Sketch of the medical history of the native army of Bombay, for the year
Year: 1875
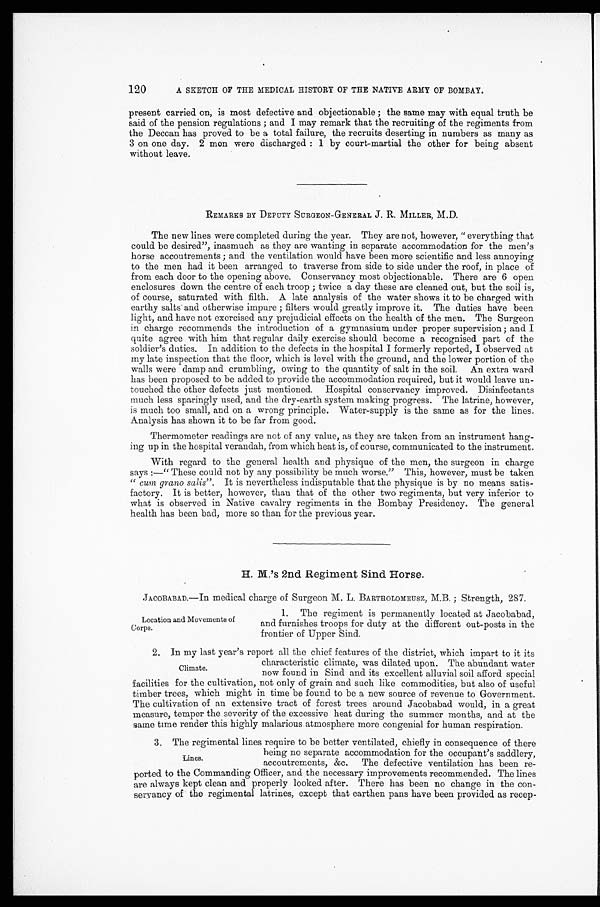
120
A SKETCH OF THE MEDICAL HISTORY OF THE NATIVE ARMY OF BOMBAY.
present carried on, is most defective and objectionable ; the same may with equal truth be
said of the pension regulations ; and I may remark that the recruiting of the regiments from
the Deccan has proved to be a total failure, the recruits deserting in numbers as many as
3 on one day. 2 men were discharged : 1 by court-martial the other for being absent
without leave.
REMARKS BY DEPUTY SURGEON-GENERAL J . R. MILLER, M.D.
The new lines were completed during the year. They are not, however, "everything that
could be desired", inasmuch as they are wanting in separate accommodation for the men's
horse accoutrements ; and the ventilation would have been more scientific and less annoying
to the men had it been arranged to traverse from side to side under the roof, in place of
from each door to the opening above. Conservancy most objectionable. There are 6 open
enclosures down the centre of each troop ; twice a day these are cleaned out, but the soil is,
of course, saturated with filth. A late analysis of the water shows it to be charged with
earthy salts and otherwise impure ; filters would greatly improve it. The duties have been
light, and have not exercised any prejudicial effects on the health of the men. The Surgeon
in charge recommends the introduction of a gymnasium under proper supervision ; and I
quite agree with him that regular daily exercise should become a recognised part of the
soldier's duties. In addition to the defects in the hospital I formerly reported, I observed at
my late inspection that the floor, which is level with the ground, and the lower portion of the
walls were damp and crumbling, owing to the quantity of salt in the soil. An extra ward
has been proposed to be added to provide the accommodation required, but it would leave un
-touched the other defects just mentioned. Hospital conservancy improved. Disinfectants
much less sparingly used, and the dry-earth system making progress. The latrine, however,
is much too small, and on a wrong principle. Water-supply is the same as for the lines.
Analysis has shown it to be far from good.
Thermometer readings are not of any value, as they are taken from an instrument han
g - i n g u p i n t h e h o s p i t a l v e r a n d a h , f r o m w h i c h h e a t i s , o f c o u r s e , c o m m u n i c a t e d t o t h e i n s t r u m e n t .
With regard to the general health and physique of the men, the surgeon in charge
says :—"These could not by any possibility be much worse." This, however, must be taken
" cum grano salis". It is nevertheless indisputable that the physique is by no means satis
-factory. It is better, however, than that of the other two regiments, but very inferior to
what is observed in Native cavalry regiments in the Bombay Presidency. The general
health has been bad, more so than for the previous year.
H. M.'s 2nd Regiment Sind Horse.
JACOBABAD.—In medical charge of Surgeon M. L. BARTHOLOMEUSZ, M.B. ; Strength, 287.
Location and Movements of
Corps.
1. The regiment is permanently located at Jacobabad,
and furnishes troops for duty at the different out-posts in the
frontier of Upper Sind.
2. In my last year's report all the chief features of the district, which impart to it its
characteristic climate, was dilated upon. The abundant water
now found in Sind and its excellent alluvial soil afford special
facilities for the cultivation, not only of grain and such like commodities, but also of useful
timber trees, which might in time be found to be a new source of revenue to Government.
The cultivation of an extensive tract of forest trees around Jacobabad would, in a great
measure, temper the severity of the excessive heat during the summer months, and at the
same time render this highly malarious atmosphere more congenial for human respiration.
Climate.
3. The regimental lines require to be better ventilated, chiefly in consequence of there
being no separate accommodation for the occupant's saddlery,
accoutrements, &c. The defective ventilation has been re -
ported to the Commanding Officer, and the necessary improvements recommended. The lines
are always kept clean and properly looked after. There has been no change in the con -
servancy of the regimental latrines, except that earthen pans have been provided as recep -
Lines.